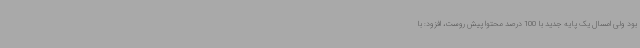
بود ولی امسال یک پایه جدید با 100 درصد محتوا پیش روست، افزود: با